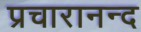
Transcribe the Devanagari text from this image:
प्रचारानन्द